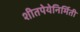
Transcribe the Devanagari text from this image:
शीतपेयेनिर्मिती